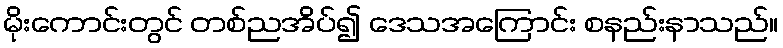
မိုးကောင်းတွင် တစ်ညအိပ်၍ ဒေသအကြောင်း စနည်းနာသည်။